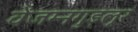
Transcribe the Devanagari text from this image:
वेंजम्नगुड्लूर